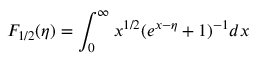
F _ { 1 / 2 } ( \eta ) = \int _ { 0 } ^ { \infty } x ^ { 1 / 2 } ( e ^ { x - \eta } + 1 ) ^ { - 1 } d x